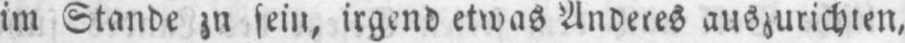
im Stande zu sein, irgend etwas Anderes auszurichten,